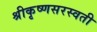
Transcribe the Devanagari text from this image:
श्रीकृष्णसरस्वती